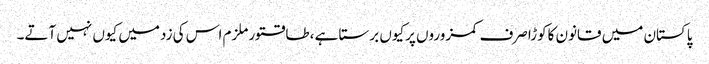
پاکستان میں قانون کاکوڑاصرف کمزوروں پرکیوں برستا ہے ،طاقتورملزم اس کی زدمیں کیوں نہیں آتے۔